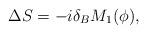
LaTeX: \begin{align*}\Delta S = -i\delta_BM_1(\phi), \end{align*}